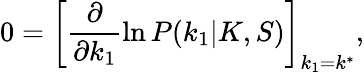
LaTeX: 0=\left[\frac{\partial}{\partial k_{1}}\ln P(k_{1}|K,S)\right]_{k_{1}=k^{*}},